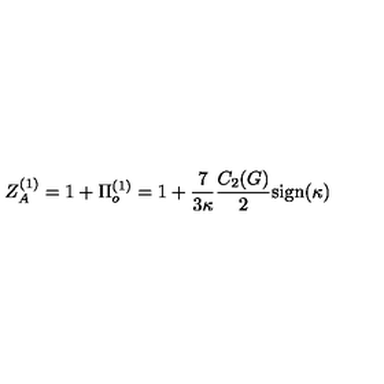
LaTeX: Z _ { A } ^ { ( 1 ) } = 1 + \Pi _ { o } ^ { ( 1 ) } = 1 + \frac { 7 } { 3 \kappa } \frac { C _ { 2 } ( G ) } { 2 } \mathrm { s i g n } ( \kappa )